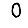
Digit: 0